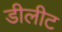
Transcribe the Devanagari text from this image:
डीलीट